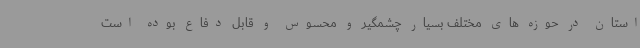
استان در حوزه های مختلف بسیار چشمگیر و محسوس و قابل دفاع بوده است